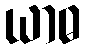
ယာဓ